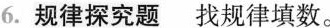
6.规律探究题找规律填数。